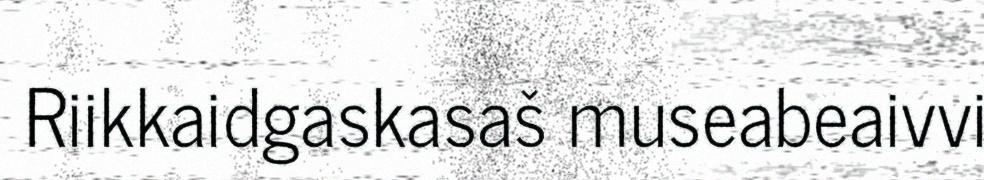
Riikkaidgaskasaš museabeaivvi